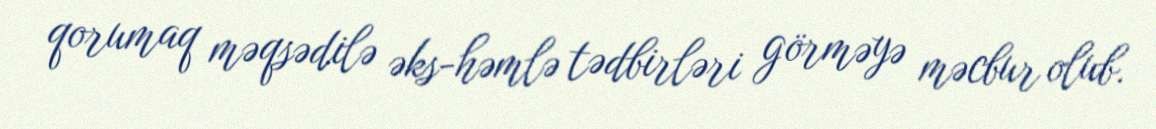
qorumaq məqsədilə əks-həmlə tədbirləri görməyə məcbur olub.